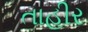
તાહીર